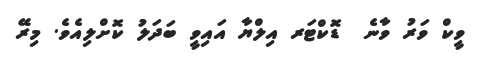
ވީކް ވަރު ވާނެ  ޑޮކްޓަރ އިލްޔާ އައިވީ ބަދަލު ކޮށްލިއެވެ. މިރޭ